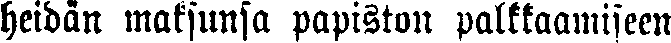
heidän maksunsa papiston palkkaamiseen